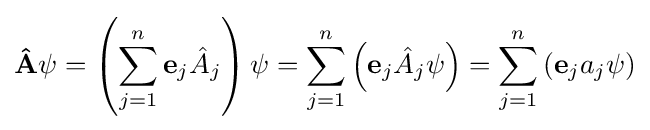
\mathbf {\hat {A}} \psi =\left(\sum _{j=1}^{n}\mathbf {e} _{j}{\hat {A}}_{j}\right)\psi =\sum _{j=1}^{n}\left(\mathbf {e} _{j}{\hat {A}}_{j}\psi \right)=\sum _{j=1}^{n}\left(\mathbf {e} _{j}a_{j}\psi \right)